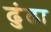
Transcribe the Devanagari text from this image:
ढुंढा